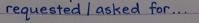
requested / asked for ...